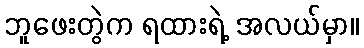
ဘူဖေးတွဲက ရထားရဲ့ အလယ်မှာ။